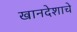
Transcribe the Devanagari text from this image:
खानदेशाचे